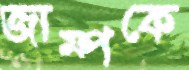
জাম্পকে